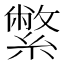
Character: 䌘